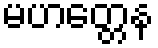
မဟတ္တေန